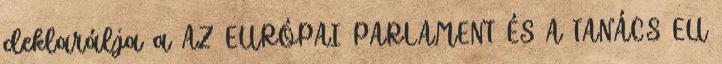
deklarálja a AZ EURÓPAI PARLAMENT ÉS A TANÁCS EU